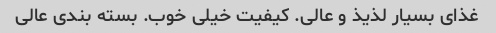
غذای بسیار لذیذ و عالی. کیفیت خیلی خوب. بسته بندی عالی